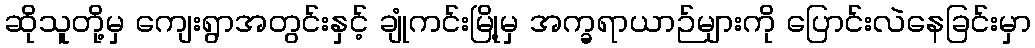
ဆိုသူတို့မှ ကျေးရွာအတွင်းနှင့် ချုံကင်းမြို့မှ အက္ခရာယာဉ်များကို ပြောင်းလဲနေခြင်းမှာ